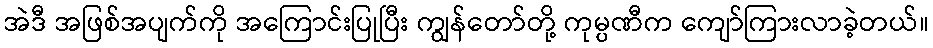
အဲဒီ အဖြစ်အပျက်ကို အကြောင်းပြုပြီး ကျွန်တော်တို့ ကုမ္ပဏီက ကျော်ကြားလာခဲ့တယ်။